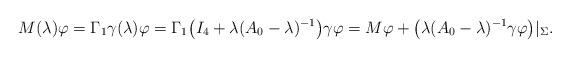
LaTeX: \begin{align*} M(\lambda) \varphi = \Gamma_1 \gamma(\lambda) \varphi = \Gamma_1 \big( I_4 + \lambda (A_0 - \lambda)^{-1} \big) \gamma \varphi = M \varphi + \bigl(\lambda (A_0 - \lambda)^{-1} \gamma \varphi\bigr)|_\Sigma. \end{align*}